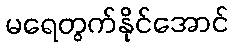
မရေတွက်နိုင်အောင်